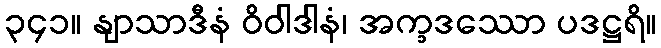
၃၄၁။ နျာသာဒီနံ ဝိဝါဒါနံ၊ အက္ခဒဿော ပဒဋ္ဌရိ။